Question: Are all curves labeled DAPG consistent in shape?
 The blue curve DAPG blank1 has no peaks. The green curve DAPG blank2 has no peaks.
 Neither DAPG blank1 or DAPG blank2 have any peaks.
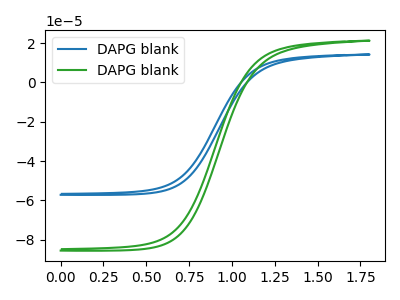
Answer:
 <answer>All the CV's of "DAPG" have similar shape.</answer>
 <eval>follow_rule</eval>